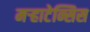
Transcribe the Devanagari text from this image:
मऱ्हाटेन्सिस